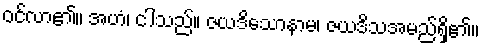
ဝင်လာ၏။ အဟံ၊ ငါသည်။ ဇယဒိသောနာမ၊ ဇယဒိသအမည်ရှိ၏။